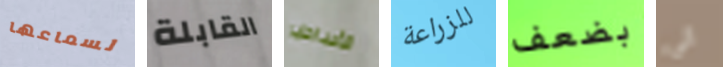
لسماعها القابلة الأساطير للزراعة بضعف الى